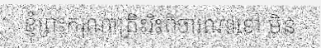
ខ្ញុំព្រះករុណាត្រិះរិះពិចារណាទៅ មិន